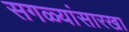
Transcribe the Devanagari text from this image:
सगळ्यांसारखा